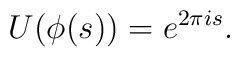
U(\phi(s)) = e^{ 2 \pi i s}.